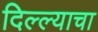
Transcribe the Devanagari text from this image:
दिल्ल्याचा